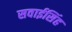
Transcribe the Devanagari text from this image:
सवाईसिंह